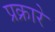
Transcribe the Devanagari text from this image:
प्रक्रारे